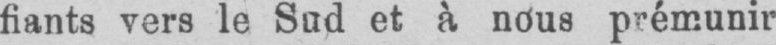
fiants vers le Sud et à nous prémunir